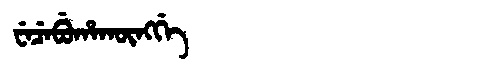
Manchu: ᠸᡝᠴᡝᠪᡠᡥᠠᡴᡡᠩᡤᡝ
Romanization: WECEBUHAKŪNGGE